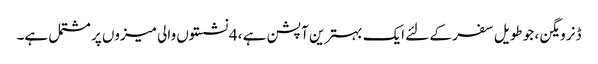
ڈنر ویگن ، جو طویل سفر کے لئے ایک بہترین آپشن ہے ، 4 نشستوں والی میزوں پر مشتمل ہے۔